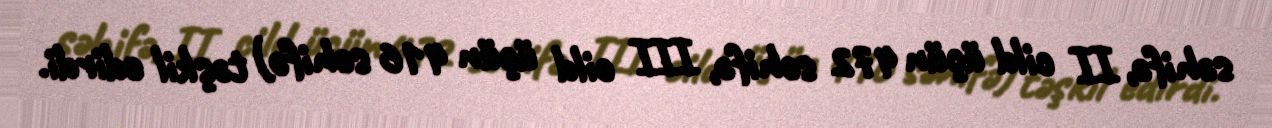
səhifə, II cild üçün 472 səhifə, III cild üçün 416 səhifə) təşkil edirdi.